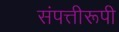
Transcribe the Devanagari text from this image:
संपत्तीरूपी